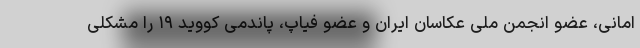
امانی، عضو انجمن ملی عکاسان ایران و عضو فیاپ، پاندمی کووید ۱۹ را مشکلی